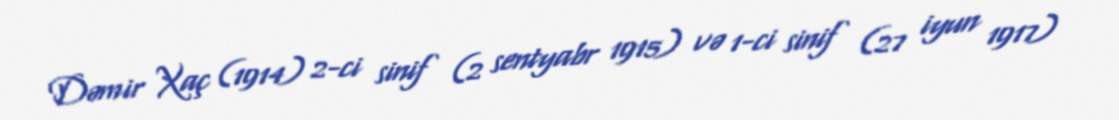
Dəmir Xaç (1914) 2-ci sinif (2 sentyabr 1915) və 1-ci sinif (27 iyun 1917)